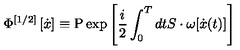
\Phi ^ { \left[ { 1 / 2 } \right] } \left[ { \dot { x } } \right] _ { } \equiv \mathrm { P } \exp \left[ { \frac { i } { 2 } \int _ { 0 } ^ { T } { d t S \cdot \omega [ \dot { x } ( t ) ] } } \right]